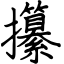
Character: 攥